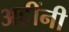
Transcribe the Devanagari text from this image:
अहींनी